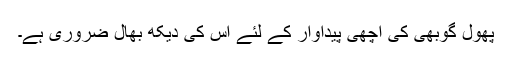
پھول گوبھی کی اچھی پیداوار کے لئے اس کی دیکھ بھال ضروری ہے۔